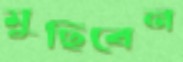
মুছিবেন